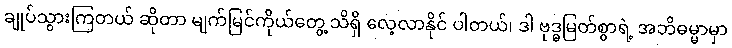
ချုပ်သွားကြတယ် ဆိုတာ မျက်မြင်ကိုယ်တွေ့ သိရှိ လေ့လာနိုင် ပါတယ်၊ ဒါ ဗုဒ္ဓမြတ်စွာရဲ့ အဘိဓမ္မာမှာ